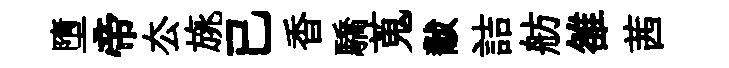
墮帝厺旐已香驕蒐黻詰舫雒茜